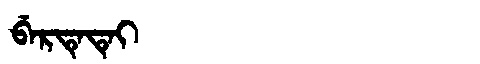
Manchu: ᠪᡝᡵᡨᡝᡨᡝᡳ
Romanization: BERTETEI